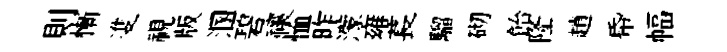
則慚㕠視版溷碧禳恤昨濛雍萇騮砌飴隆趙帋幅